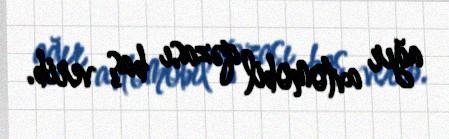
ağır avtomobil qəzası baş verib.